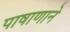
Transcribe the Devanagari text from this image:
पाषाणाने